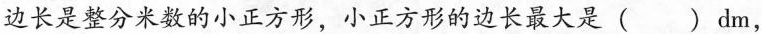
边长是整分米数的小正方形，小正方形的边长最大是( )dm，